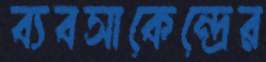
ব্যবসাকেন্দ্রের